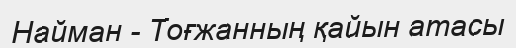
Найман - Тоғжанның қайын атасы